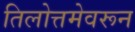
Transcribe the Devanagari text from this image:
तिलोत्तमेवरून